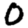
Digit: 0